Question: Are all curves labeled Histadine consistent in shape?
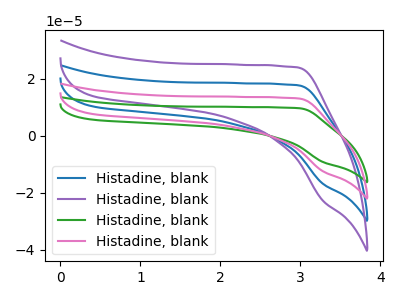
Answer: <think>The blue curve "Histadine, blank1" has no peaks. The purple curve "Histadine, blank2" has no peaks. The green curve "Histadine, blank3" has no peaks. The pink curve "Histadine, blank4" has no peaks.
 Neither "Histadine, blank1" or "Histadine, blank2" have any peaks. Neither "Histadine, blank1" or "Histadine, blank3" have any peaks. Neither "Histadine, blank1" or "Histadine, blank4" have any peaks. Neither "Histadine, blank2" or "Histadine, blank3" have any peaks. Neither "Histadine, blank2" or "Histadine, blank4" have any peaks. Neither "Histadine, blank3" or "Histadine, blank4" have any peaks.</think>
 <answer>All the CV's of "Histadine" have similar shape.</answer>
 <eval>follow_rule</eval>